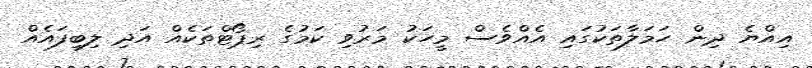
އިއްޔެ ދިން ހަމަލާތަކުގައި އެއްވެސް މީހަކު މަރުވި ކަމުގެ ރިޕޯޓްތަކެއް އަދި ލިބިފައެއް